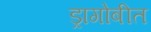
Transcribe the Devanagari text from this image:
ड्रागोबीत